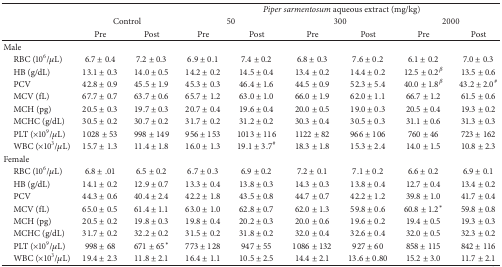
<table><thead><tr><td><b> </b></td><td><b> </b></td><td><b> </b></td><td colspan="6"><b><i>Piper sarmentosum</i> aqueous extract (mg/kg)</b></td></tr><tr><td><b> </b></td><td colspan="2"><b>Control</b></td><td colspan="2"><b>50</b></td><td colspan="2"><b>300</b></td><td colspan="2"><b>2000</b></td></tr><tr><td><b> </b></td><td><b>Pre</b></td><td><b>Post</b></td><td><b>Pre</b></td><td><b>Post</b></td><td><b>Pre</b></td><td><b>Post</b></td><td><b>Pre</b></td><td><b>Post</b></td></tr></thead><tbody><tr><td>Male</td><td> </td><td> </td><td> </td><td> </td><td> </td><td> </td><td> </td><td> </td></tr><tr><td> RBC (10<sup>6</sup>/<i>μ</i>L)</td><td>6.7 ± 0.4</td><td>7.2 ± 0.3</td><td>6.9 ± 0.1</td><td>7.4 ± 0.2</td><td>6.8 ± 0.3</td><td>7.6 ± 0.2</td><td>6.1 ± 0.2</td><td>7.0 ± 0.3</td></tr><tr><td> HB (g/dL)</td><td>13.1 ± 0.3</td><td>14.0 ± 0.5</td><td>14.2 ± 0.2</td><td>14.5 ± 0.4</td><td>13.4 ± 0.2</td><td>14.4 ± 0.2</td><td>12.5 ± 0.2<sup><i>β</i></sup></td><td>13.5 ± 0.6</td></tr><tr><td> PCV</td><td>42.8 ± 0.9</td><td>45.5 ± 1.9</td><td>45.3 ± 0.3</td><td>46.4 ± 1.6</td><td>44.5 ± 0.9</td><td>52.3 ± 5.4</td><td>40.0 ± 1.8<sup><i>β</i></sup></td><td>43.2 ± 2.0<sup>#</sup></td></tr><tr><td> MCV (fL)</td><td>67.7 ± 0.7</td><td>63.7 ± 0.6</td><td>65.7 ± 1.2</td><td>63.0 ± 1.0</td><td>66.0 ± 1.9</td><td>62.0 ± 1.1</td><td>66.7 ± 1.2</td><td>61.5 ± 0.6</td></tr><tr><td> MCH (pg)</td><td>20.5 ± 0.3</td><td>19.7 ± 0.3</td><td>20.7 ± 0.4</td><td>19.6 ± 0.4</td><td>20.0 ± 0.5</td><td>19.0 ± 0.3</td><td>20.5 ± 0.4</td><td>19.3 ± 0.2</td></tr><tr><td> MCHC (g/dL) </td><td>30.5 ± 0.2</td><td>30.7 ± 0.2</td><td>31.7 ± 0.2</td><td>31.2 ± 0.2</td><td>30.3 ± 0.4</td><td>30.5 ± 0.3</td><td>31.1 ± 0.6</td><td>31.3 ± 0.3</td></tr><tr><td> PLT (×10<sup>9</sup>/<i>μ</i>L)</td><td>1028 ± 53</td><td>998 ± 149</td><td>956 ± 153</td><td>1013 ± 116</td><td>1122 ± 82</td><td>966 ± 106</td><td>760 ± 46</td><td>723 ± 162</td></tr><tr><td> WBC (×10<sup>3</sup>/<i>μ</i>L)</td><td>15.7 ± 1.3</td><td>11.4 ± 1.8</td><td>16.0 ± 1.3</td><td>19.1 ± 3.7<sup>#</sup></td><td>18.3 ± 1.8</td><td>15.3 ± 2.4</td><td>14.0 ± 1.5</td><td>10.8 ± 2.3</td></tr><tr><td>Female</td><td> </td><td> </td><td> </td><td> </td><td> </td><td> </td><td> </td><td> </td></tr><tr><td> RBC (10<sup>6</sup>/<i>μ</i>L)</td><td>6.8 ± .01</td><td>6.5 ± 0.2</td><td>6.7 ± 0.3</td><td>6.9 ± 0.2</td><td>7.2 ± 0.1</td><td>7.1 ± 0.2</td><td>6.6 ± 0.2</td><td>6.9 ± 0.1</td></tr><tr><td> HB (g/dL)</td><td>14.1 ± 0.2</td><td>12.9 ± 0.7</td><td>13.3 ± 0.4</td><td>13.8 ± 0.3</td><td>14.3 ± 0.3</td><td>13.8 ± 0.4</td><td>12.7 ± 0.4</td><td>13.4 ± 0.2</td></tr><tr><td> PCV </td><td>44.3 ± 0.6</td><td>40.4 ± 2.4</td><td>42.2 ± 1.8</td><td>43.5 ± 0.8</td><td>44.7 ± 0.7</td><td>42.2 ± 1.2</td><td>39.8 ± 1.0</td><td>41.7 ± 0.4</td></tr><tr><td> MCV (fL)</td><td>65.0 ± 0.5</td><td>61.4 ± 1.1</td><td>63.0 ± 1.0</td><td>62.8 ± 0.7</td><td>62.0 ± 1.3</td><td>59.8 ± 0.6</td><td>60.8 ± 1.2*</td><td>59.8 ± 0.8</td></tr><tr><td> MCH (pg)</td><td>20.5 ± 0.2</td><td>19.8 ± 0.3</td><td>19.8 ± 0.4</td><td>20.2 ± 0.3</td><td>20.0 ± 0.6</td><td>19.6 ± 0.2</td><td>19.4 ± 0.5</td><td>19.3 ± 0.3</td></tr><tr><td> MCHC (g/dL) </td><td>31.7 ± 0.2</td><td>32.2 ± 0.2</td><td>31.5 ± 0.2</td><td>31.8 ± 0.2</td><td>32.0 ± 0.4</td><td>32.6 ± 0.4</td><td>32.0 ± 0.5</td><td>32.3 ± 0.2</td></tr><tr><td> PLT (×10<sup>9</sup>/<i>μ</i>L)</td><td>998 ± 68</td><td>671 ± 65*</td><td>773 ± 128</td><td>947 ± 55</td><td>1086 ± 132</td><td>927 ± 60</td><td>858 ± 115</td><td>842 ± 116</td></tr><tr><td> WBC (×10<sup>3</sup>/<i>μ</i>L)</td><td>19.4 ± 2.3</td><td>11.8 ± 2.1</td><td>16.4 ± 1.1</td><td>10.5 ± 2.5</td><td>14.4 ± 2.1</td><td>13.6 ± 0.80</td><td>15.2 ± 3.0</td><td>11.7 ± 2.1</td></tr></tbody></table>